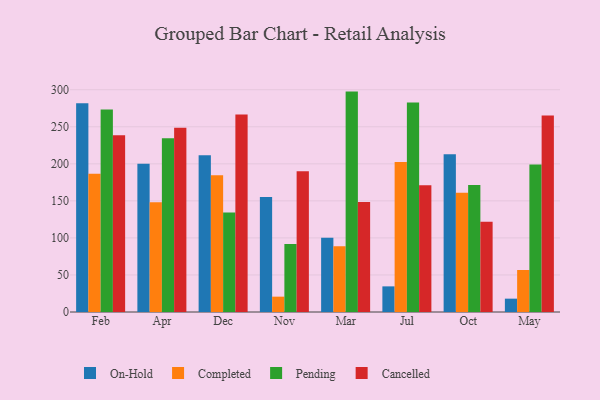
{"axis": {"x": "Month", "y": "Population (Million)"}, "legend": ["Cancelled", "Completed", "On-Hold", "Pending"], "data": [{"x": "Feb", "y": 281.9, "type": "On-Hold"}, {"x": "Feb", "y": 186.5, "type": "Completed"}, {"x": "Feb", "y": 273.3, "type": "Pending"}, {"x": "Feb", "y": 238.6, "type": "Cancelled"}, {"x": "Apr", "y": 200.1, "type": "On-Hold"}, {"x": "Apr", "y": 148.1, "type": "Completed"}, {"x": "Apr", "y": 234.4, "type": "Pending"}, {"x": "Apr", "y": 248.8, "type": "Cancelled"}, {"x": "Dec", "y": 211.7, "type": "On-Hold"}, {"x": "Dec", "y": 184.5, "type": "Completed"}, {"x": "Dec", "y": 134.3, "type": "Pending"}, {"x": "Dec", "y": 266.6, "type": "Cancelled"}, {"x": "Nov", "y": 155.3, "type": "On-Hold"}, {"x": "Nov", "y": 20.7, "type": "Completed"}, {"x": "Nov", "y": 91.7, "type": "Pending"}, {"x": "Nov", "y": 189.9, "type": "Cancelled"}, {"x": "Mar", "y": 100.3, "type": "On-Hold"}, {"x": "Mar", "y": 88.7, "type": "Completed"}, {"x": "Mar", "y": 297.5, "type": "Pending"}, {"x": "Mar", "y": 148.4, "type": "Cancelled"}, {"x": "Jul", "y": 34.6, "type": "On-Hold"}, {"x": "Jul", "y": 202.4, "type": "Completed"}, {"x": "Jul", "y": 282.9, "type": "Pending"}, {"x": "Jul", "y": 171.0, "type": "Cancelled"}, {"x": "Oct", "y": 212.8, "type": "On-Hold"}, {"x": "Oct", "y": 161.1, "type": "Completed"}, {"x": "Oct", "y": 171.4, "type": "Pending"}, {"x": "Oct", "y": 121.8, "type": "Cancelled"}, {"x": "May", "y": 18.0, "type": "On-Hold"}, {"x": "May", "y": 56.7, "type": "Completed"}, {"x": "May", "y": 199.0, "type": "Pending"}, {"x": "May", "y": 265.1, "type": "Cancelled"}]}